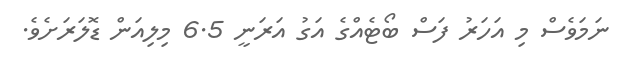
ނަމަވެސް މި އަހަރު ފަސް ބޯޓެއްގެ އަގު އަރަނީ 6.5 މިލިއަން ޑޮލަރަށެވެ.